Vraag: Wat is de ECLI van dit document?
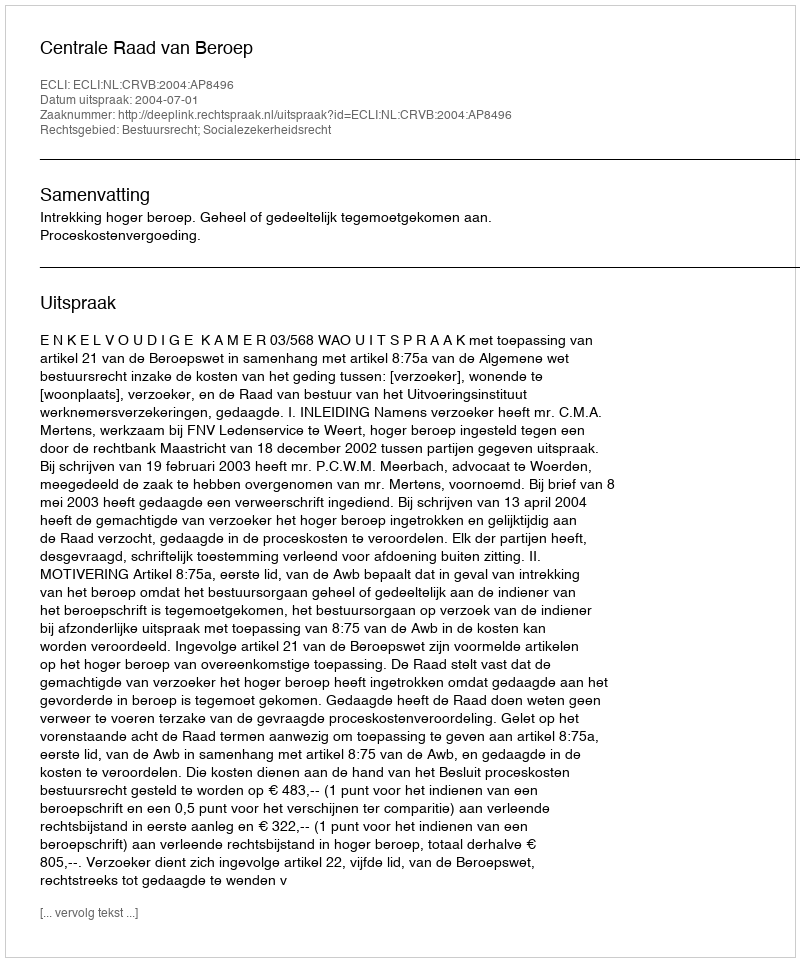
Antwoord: ECLI:NL:CRVB:2004:AP8496